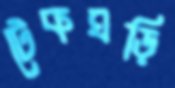
টেকঘড়ি